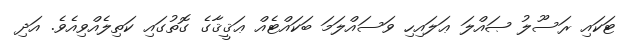
ޓަކައި ރަސޫލު ޞައްލަ ޢަލައިހި ވަސައްލަމަ ބަކައްޓެއް ޢަޤީޤާގެ ގޮތުގައި ކަތިލެއްވިއެވެ. އަދި